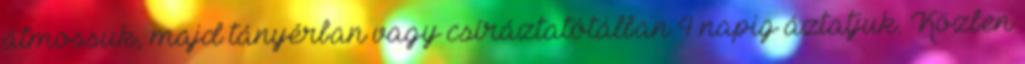
átmossuk, majd tányérban vagy csíráztatótálban 4 napig áztatjuk. Közben